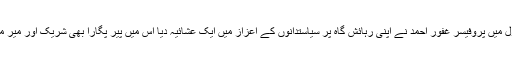
ایسے ماحول میں پروفیسر غفور احمد نے اپنی رہائش گاہ پر سیاستدانوں کے اعزاز میں ایک عشائیہ دیا اس میں پیر پگارا بھی شریک اور میر مجلس تھے۔